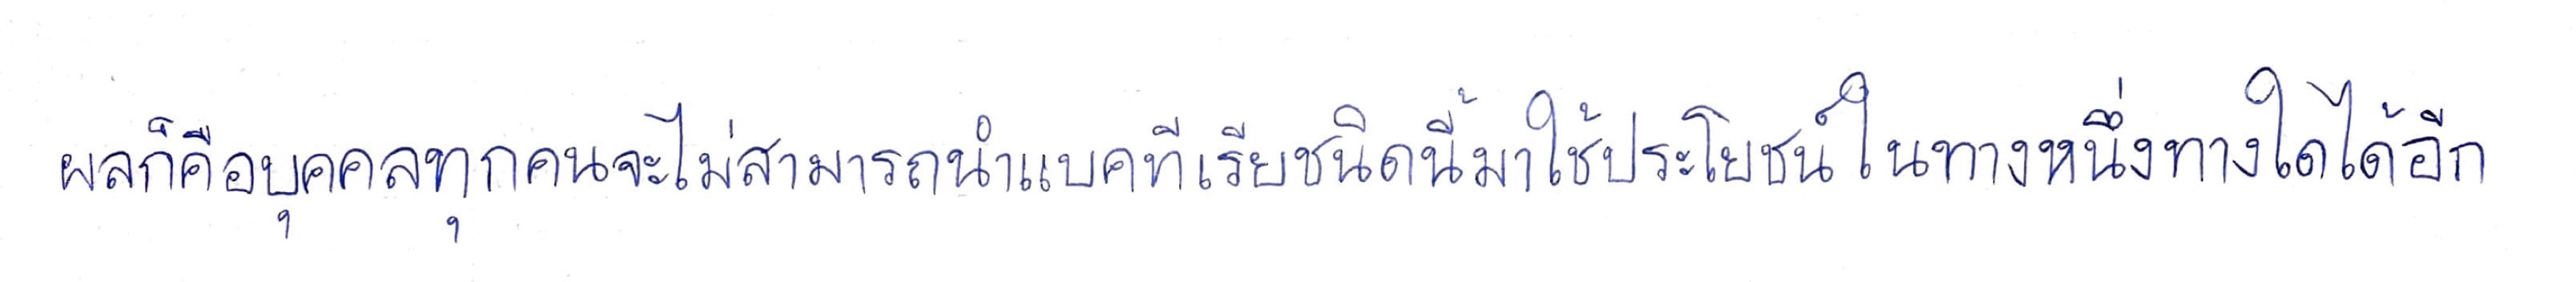
ผลก็คือบุคคลทุกคนจะไม่สามารถนำแบคทีเรียชนิดนี้มาใช้ประโยชน์ในทางหนึ่งทางใดได้อีก